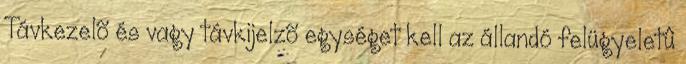
Távkezelõ és vagy távkijelzõ egységet kell az állandó felügyeletû